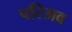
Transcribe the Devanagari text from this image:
परिस्रव